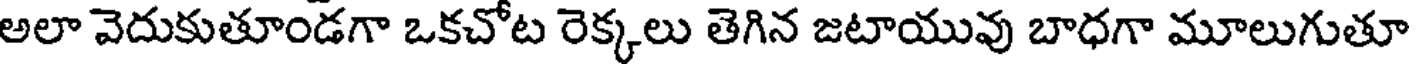
అలా వెదుకుతూండగా ఒకచోట రెక్కలు తెగిన జటాయువు బాధగా మూలుగుతూ